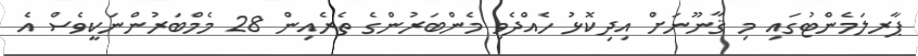
ޕާރލަމެންޓުގައި މި ޤާނޫނަށް އިދިކޮޅު ހެއްދެވި މެންބަރުންގެ ތެރެއިން 28 މެމްބަރުންނަކީވެސް އެ